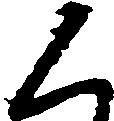
く